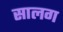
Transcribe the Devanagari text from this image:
सालग